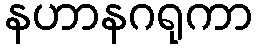
နဟာနဂရုကာ